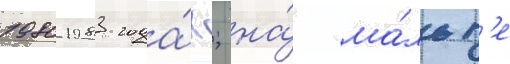
1980-1983 года́х; на́ ма́льт'е